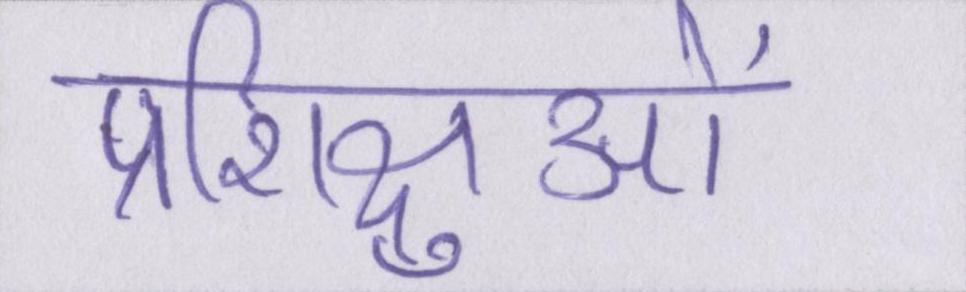
प्रशिक्षुओं